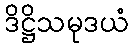
ဒိဋ္ဌိသမုဒယံ